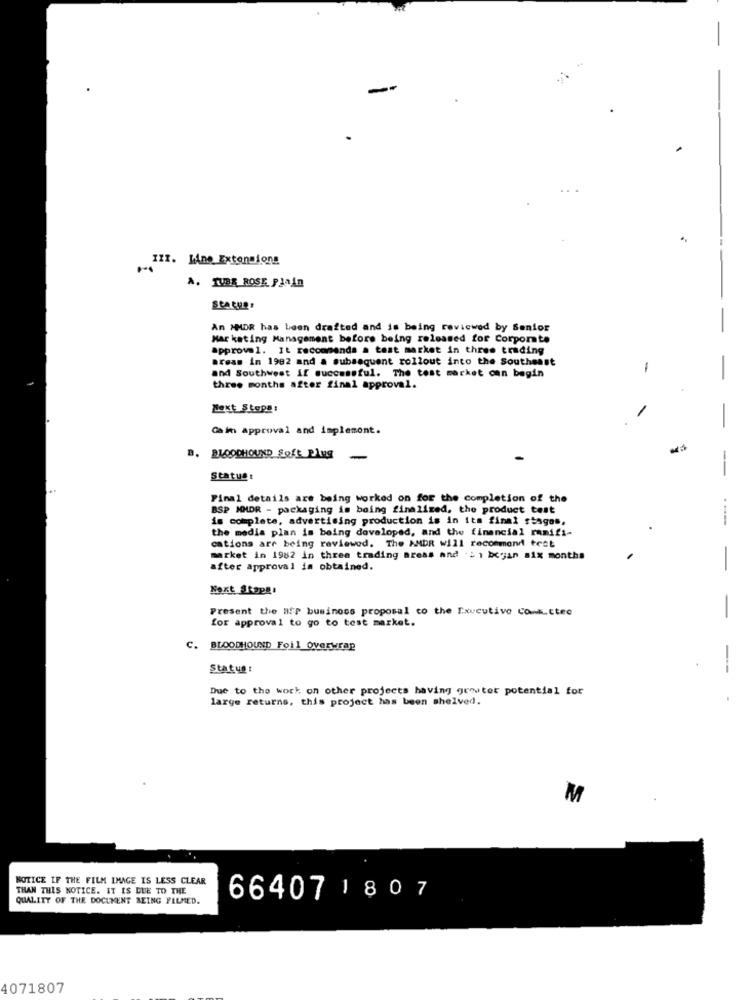
-
-
III. Line Extensions
A. TUBR ROSE Plain
An MMDR has been drafted and is being reviewed by Senior
Marketing Management before being released for Corporate
approval. It recommends a test market in three trading
areas in 1982 and a subsequent rollout into the Southeast
and Southwest if successful. The test market can begin
-
three months after final approval.
Next Stops:
-
Caim Approval and implement.
-
B. BLOODHOUND Soft Plug
-
Status:
-
Final details are being worked on for the completion of the
BSP MMDR - packaging is boing finalized, the product test
is complete, advertising production is in its final stages,
the media plan is being developed, and the financial ramifi-
cations are being reviewed. The ANDR will recommend test
market in 1982 in three trading areas and : 2 1 began six months
after approval is obtained.
-
Next Stop !!
Present the Hip business proposal to the Executive consuttec
for approval to go to test market.
-
c.
BLOODHOUND Foil Overwrap
Status:
Due to the work on other projects having genster potential for
large returns, this project has been shelved.
M
NOTICE IF THE FILM IMAGE IS LESS CLEAR
THAN THIS NOTICE. IT IS DUE TO THE
QUALITY OF THE DOCUMENT BEING FILMED.
66407 1807
4071807